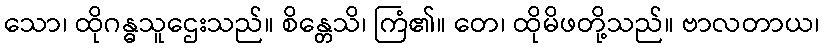
သော၊ ထိုဂန္ဓသူဌေးသည်။ စိန္တေသိ၊ ကြံ၏။ တေ၊ ထိုမိဖတို့သည်။ ဗာလတာယ၊